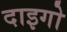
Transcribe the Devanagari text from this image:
दाइगो